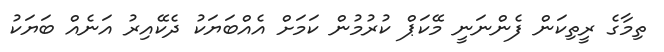
ތިމާގެ ރީތިކަން ފެންނަނީ މޭކަޕް ކުރުމުން ކަމަށް އެއްބަޔަކު ދެކޭއިރު އަނެއް ބަޔަކު